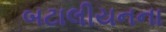
બટાલીયનના